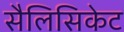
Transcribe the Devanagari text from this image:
सैलिसिकेट